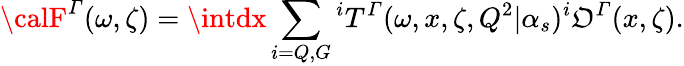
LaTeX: {\calF}^{\mit\Gamma}(\omega,\zeta)=\intdx\sum_{i=Q,G}{^iT^{\mit\Gamma}}(\omega,x,\zeta,Q^{2}|\alpha_{s}){^i{\cal\mathfrak{O}}^{\mit\Gamma}}(x,\zeta).